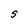
Character: S